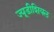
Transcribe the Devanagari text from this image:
ज्यूडीशियल